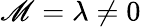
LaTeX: \mathscr{M}=\lambda\neq0